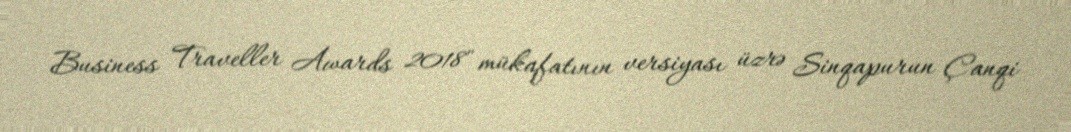
Business Traveller Awards 2018" mükafatının versiyası üzrə Sinqapurun Çanqi